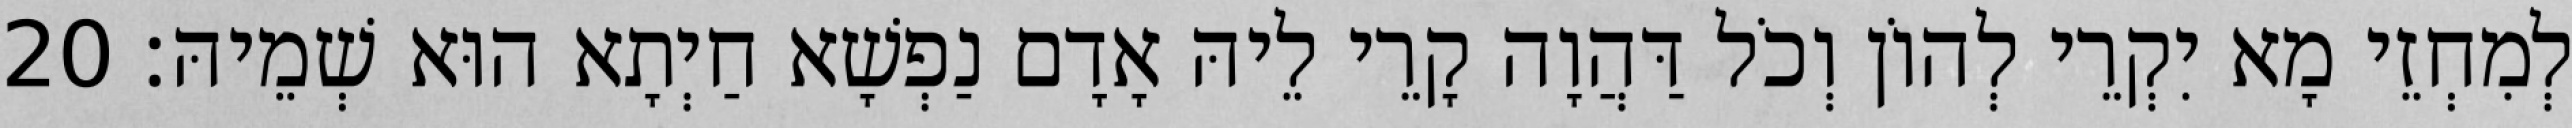
לְמִחְזֵי מָא יִקְרֵי לְהוֹן וְכֹל דַּהֲוָה קָרֵי לֵיהּ אָדָם נַפְשָׁא חַיְתָא הוּא שְׁמֵיהּ׃ 20